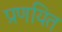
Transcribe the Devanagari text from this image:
प्रणयित